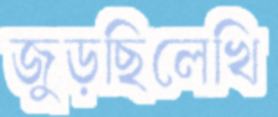
জুড়ছিলেখি